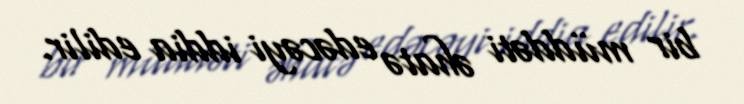
bir müddəti əhatə edəcəyi iddia edilir.